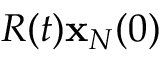
R ( t ) { \bf x } _ { N } ( 0 )